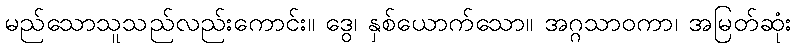
မည်သောသူသည်လည်းကောင်း။ ဒွေ၊ နှစ်ယောက်သော။ အဂ္ဂသာဝကာ၊ အမြတ်ဆုံး